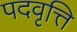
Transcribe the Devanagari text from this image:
पदवृत्ति